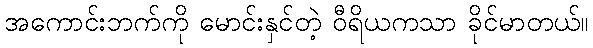
အကောင်းဘက်ကို မောင်းနှင်တဲ့ ဝီရိယကသာ ခိုင်မာတယ်။